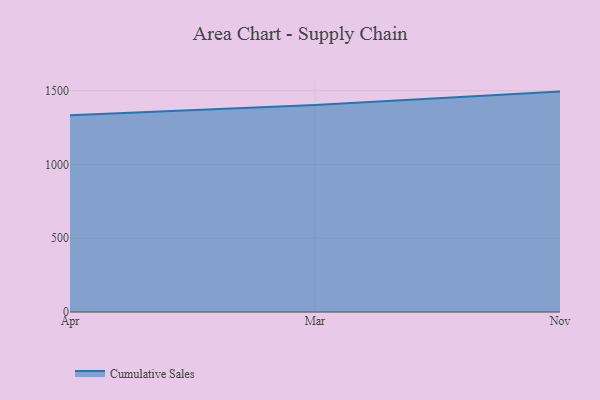
{"axis": {"x": "Month", "y": "Page Views"}, "legend": ["Cumulative Sales"], "data": [{"x": "Apr", "y": 1333.6, "type": "Cumulative Sales"}, {"x": "Mar", "y": 1403.8, "type": "Cumulative Sales"}, {"x": "Nov", "y": 1494.3, "type": "Cumulative Sales"}]}